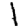
Digit: 1